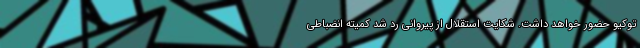
توکیو حضور خواهد داشت. شکایت استقلال از پیروانی رد شد کمیته انضباطی